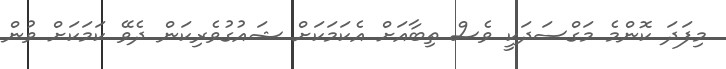
މިފަދަ ކޮންމެ މަގްސަދަކީ ވެސް ތިބާއަށް އެކަމަކަށް ޝައުގުވެރިކަން ދެވޭ ކަމަކަށް ވުން